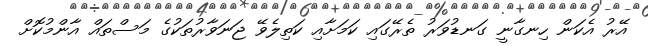
އޭރު އެކަން ހިނގާނީ ގަނޑުވަރު ތެރޭގައި ކަމަށާއި ކަތިލެވޭ ޖަނަވާރުތަކުގެ މަސްތައް އާންމުކޮށް